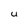
Character: u